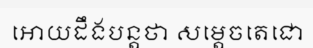
អោយដឹងបន្តថា សម្តេចតេជោ